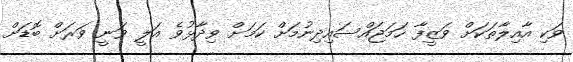
ވަކި އާއިލާތަކަށް ވަޒީފާ ހަމަޖައްސައިދިނުމަށް ކަމަށް ވިދާޅުވެ އަލީ ވަނީ ވަރަށް ބޮޑަށް